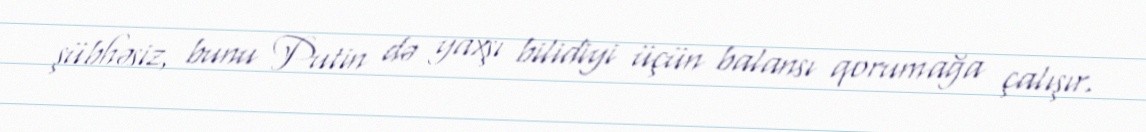
şübhəsiz, bunu Putin də yaxşı bilidiyi üçün balansı qorumağa çalışır.